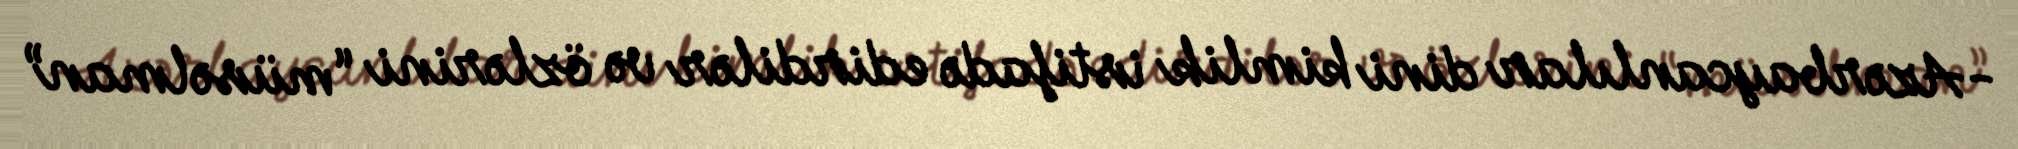
-Azərbaycanlılar dini kimlik istifadə edirdilər və özlərini “müsəlman”